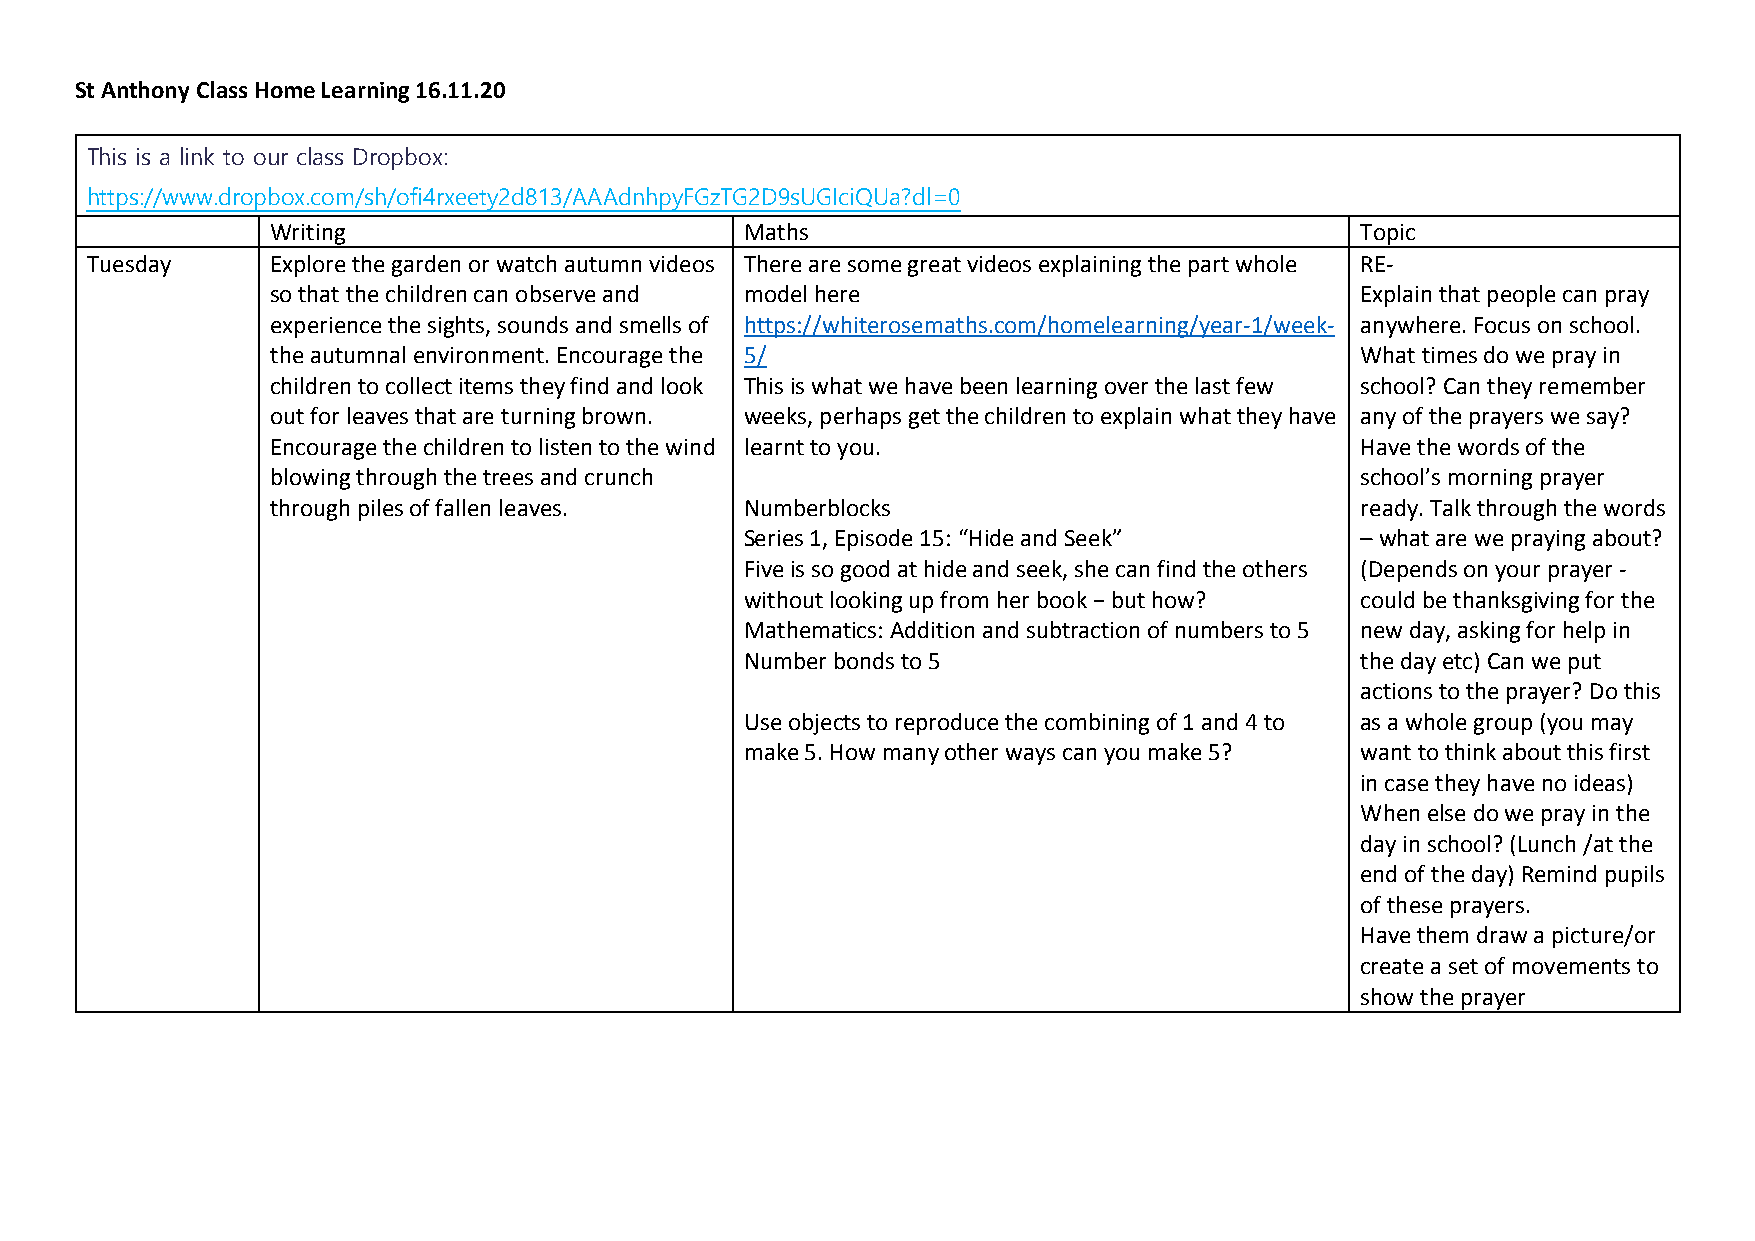
St Anthony Class Home Learning 16.11.20
 This is a link to our class Dropbox:
 https://www.dropbox.com/sh/ofi4rxeety2d813/AAAdnhpyFGzTG2D9sUGIciQUa?dl=0
 Writing                        Maths                                    Topic
 Tuesday     Explore the garden or watch autumn videos There are some great videos explaining the part whole RE-
 so that the children can observe and model here                         Explain that people can pray
 experience the sights, sounds and smells of https://whiterosemaths.com/homelearning/year-1/week- anywhere. Focus on school.
 the autumnal environment. Encourage the 5/                              What times do we pray in
 children to collect items they find and look This is what we have been learning over the last few school? Can they remember
 out for leaves that are turning brown. weeks, perhaps get the children to explain what they have any of the prayers we say?
 Encourage the children to listen to the wind learnt to you.             Have the words of the
 blowing through the trees and crunch                                    school’s morning prayer
 through piles of fallen leaves. Numberblocks                            ready. Talk through the words
 Series 1, Episode 15: “Hide and Seek”    – what are we praying about?
 Five is so good at hide and seek, she can find the others (Depends on your prayer -
 without looking up from her book − but how? could be thanksgiving for the
 Mathematics: Addition and subtraction of numbers to 5 new day, asking for help in
 Number bonds to 5                        the day etc) Can we put
 actions to the prayer? Do this
 Use objects to reproduce the combining of 1 and 4 to as a whole group (you may
 make 5. How many other ways can you make 5? want to think about this first
 in case they have no ideas)
 When else do we pray in the
 day in school? (Lunch /at the
 end of the day) Remind pupils
 of these prayers.
 Have them draw a picture/or
 create a set of movements to
 show the prayer